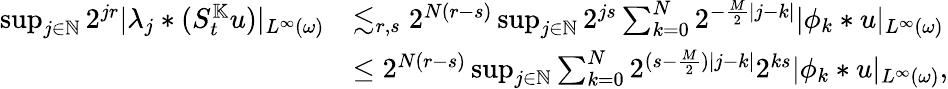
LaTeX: \begin{array}{rl}{\operatorname*{sup}_{j\in\mathbb{N}}2^{jr}|\lambda_{j}\ast(S_{t}^{\mathbb{K}}u)|_{L^{\infty}(\omega)}}&{\lesssim_{r,s}2^{N(r-s)}\operatorname*{sup}_{j\in\mathbb{N}}2^{js}\sum_{k=0}^{N}2^{-\frac{M}{2}|j-k|}|\phi_{k}\ast u|_{L^{\infty}(\omega)}}\\ &{\leq 2^{N(r-s)}\operatorname*{sup}_{j\in\mathbb{N}}\sum_{k=0}^{N}2^{(s-\frac{M}{2})|j-k|}2^{ks}|\phi_{k}\ast u|_{L^{\infty}(\omega)},}\end{array}